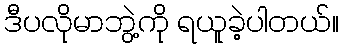
ဒီပလိုမာဘွဲ့ကို ရယူခဲ့ပါတယ်။